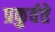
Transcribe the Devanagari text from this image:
प्रकुर्वते